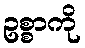
ဥစ္စာကို